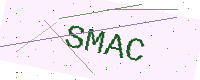
Text: SMAC